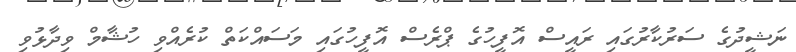
ނަޝީދުގެ ސަރުކާރުގައި ރައީސް އޮފީހުގެ ޕްރެސް އޮފީހުގައި މަސައްކަތް ކުރެއްވި ހުޝާމް ވިދާޅުވި